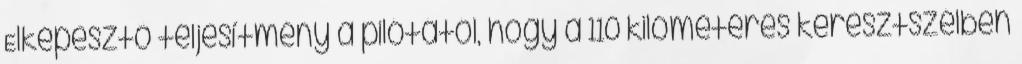
Elképesztő teljesítmény a pilótától, hogy a 110 kilométeres keresztszélben